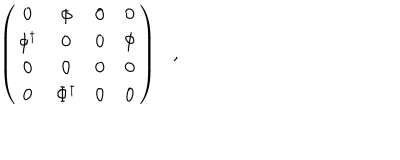
\left( \begin{array} { c c c c } { { 0 } } & { { \phi } } & { { 0 } } & { { 0 } } \\ { { \phi ^ { \dagger } } } & { { 0 } } & { { 0 } } & { { \Phi } } \\ { { 0 } } & { { 0 } } & { { 0 } } & { { 0 } } \\ { { 0 } } & { { \Phi ^ { \dagger } } } & { { 0 } } & { { 0 } } \\ \end{array} \right) ,